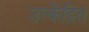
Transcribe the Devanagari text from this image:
उत्केंद्रित